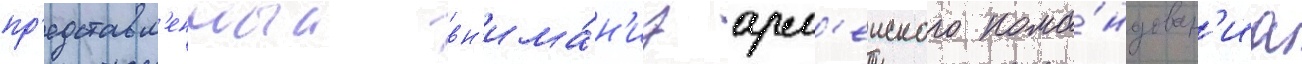
пр'едставл'енныи вн'има́н'иу арм'еиского кома́ндован'иа